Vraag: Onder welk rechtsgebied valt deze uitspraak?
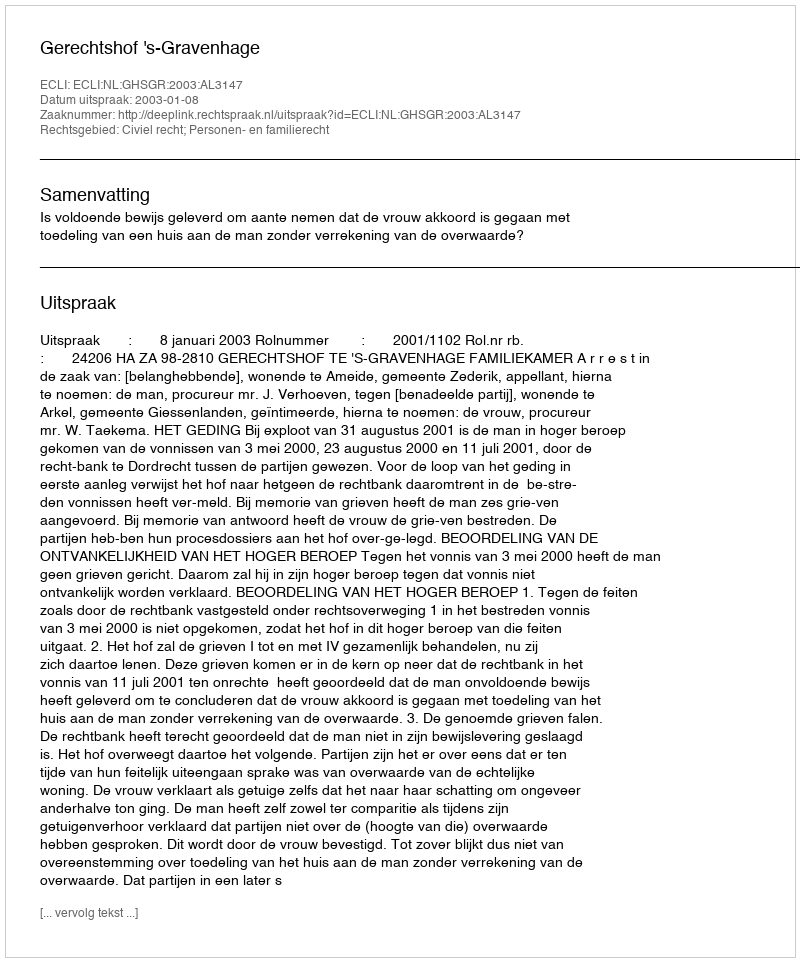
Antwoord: Civiel recht; Personen- en familierecht